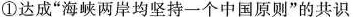
①达成“海峡两岸均坚持一个中国原则”的共识